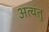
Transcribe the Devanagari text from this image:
अत्यंतु